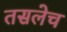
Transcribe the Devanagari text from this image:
तसलेच